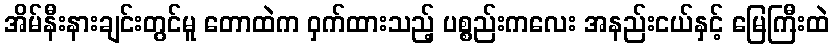
အိမ်နီးနားချင်းတွင်မူ တောထဲက ဝှက်ထားသည့် ပစ္စည်းကလေး အနည်းငယ်နှင့် မြေကြီးထဲ